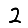
Digit: 2